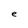
Character: e